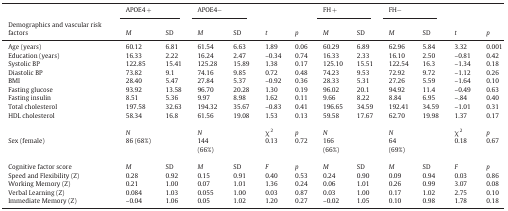
<table><thead><tr><td></td><td colspan="2"><b>APOE4+</b></td><td colspan="2"><b>APOE4-</b></td><td></td><td></td><td colspan="2"><b>FH+</b></td><td colspan="2"><b>FH-</b></td><td></td><td></td></tr><tr><td><b>Demographics and vascular risk factors</b></td><td><b><i>M</i></b></td><td><b>SD</b></td><td><b><i>M</i></b></td><td><b>SD</b></td><td><b><i>t</i></b></td><td><b><i>p</i></b></td><td><b><i>M</i></b></td><td><b>SD</b></td><td><b><i>M</i></b></td><td><b>SD</b></td><td><b><i>t</i></b></td><td><b><i>p</i></b></td></tr></thead><tbody><tr><td>Age (years)</td><td>60.12</td><td>6.81</td><td>61.54</td><td>6.63</td><td>1.89</td><td>0.06</td><td>60.29</td><td>6.89</td><td>62.96</td><td>5.84</td><td>3.32</td><td>0.001</td></tr><tr><td>Education (years)</td><td>16.33</td><td>2.22</td><td>16.24</td><td>2.47</td><td>–0.34</td><td>0.74</td><td>16.33</td><td>2.33</td><td>16.10</td><td>2.50</td><td>–0.81</td><td>0.42</td></tr><tr><td>Systolic BP</td><td>122.85</td><td>15.41</td><td>125.28</td><td>15.89</td><td>1.38</td><td>0.17</td><td>125.10</td><td>15.51</td><td>122.54</td><td>16.3</td><td>–1.34</td><td>0.18</td></tr><tr><td>Diastolic BP</td><td>73.82</td><td>9.1</td><td>74.16</td><td>9.85</td><td>0.72</td><td>0.48</td><td>74.23</td><td>9.53</td><td>72.92</td><td>9.72</td><td>–1.12</td><td>0.26</td></tr><tr><td>BMI</td><td>28.40</td><td>5.47</td><td>27.84</td><td>5.37</td><td>–0.92</td><td>0.36</td><td>28.33</td><td>5.31</td><td>27.26</td><td>5.59</td><td>–1.64</td><td>0.10</td></tr><tr><td>Fasting glucose</td><td>93.92</td><td>13.58</td><td>96.70</td><td>20.28</td><td>1.30</td><td>0.19</td><td>96.02</td><td>20.1</td><td>94.92</td><td>11.4</td><td>–0.49</td><td>0.63</td></tr><tr><td>Fasting insulin</td><td>8.51</td><td>5.36</td><td>9.97</td><td>8.98</td><td>1.62</td><td>0.11</td><td>9.66</td><td>8.22</td><td>8.84</td><td>6.95</td><td>–.84</td><td>0.40</td></tr><tr><td>Total cholesterol</td><td>197.58</td><td>32.63</td><td>194.32</td><td>35.67</td><td>–0.83</td><td>0.41</td><td>196.65</td><td>34.59</td><td>192.41</td><td>34.59</td><td>–1.01</td><td>0.31</td></tr><tr><td>HDL cholesterol</td><td>58.34</td><td>16.8</td><td>61.56</td><td>19.08</td><td>1.53</td><td>0.13</td><td>59.58</td><td>17.67</td><td>62.70</td><td>19.98</td><td>1.37</td><td>0.17</td></tr><tr><td></td><td><i>N</i></td><td></td><td><i>N</i></td><td></td><td>?<sup>2</sup></td><td><i>p</i></td><td><i>N</i></td><td></td><td><i>N</i></td><td></td><td>?<sup>2</sup></td><td><i>p</i></td></tr><tr><td>Sex (female)</td><td>86 (68%)</td><td></td><td>144 (66%)</td><td></td><td>0.13</td><td>0.72</td><td>166 (66%)</td><td></td><td>64 (69%)</td><td></td><td>0.18</td><td>0.67</td></tr><tr><td>Cognitive factor score</td><td><i>M</i></td><td>SD</td><td><i>M</i></td><td>SD</td><td><i>F</i></td><td><i>p</i></td><td><i>M</i></td><td>SD</td><td><i>M</i></td><td>SD</td><td><i>F</i></td><td><i>p</i></td></tr><tr><td>Speed and Flexibility (Z)</td><td>0.28</td><td>0.92</td><td>0.15</td><td>0.91</td><td>0.40</td><td>0.53</td><td>0.24</td><td>0.90</td><td>0.09</td><td>0.94</td><td>0.03</td><td>0.86</td></tr><tr><td>Working Memory (Z)</td><td>0.21</td><td>1.00</td><td>0.07</td><td>1.01</td><td>1.36</td><td>0.24</td><td>0.06</td><td>1.01</td><td>0.26</td><td>0.99</td><td>3.07</td><td>0.08</td></tr><tr><td>Verbal Learning (Z)</td><td>0.084</td><td>1.03</td><td>0.055</td><td>1.00</td><td>0.03</td><td>0.87</td><td>0.03</td><td>1.00</td><td>0.17</td><td>1.02</td><td>2.75</td><td>0.10</td></tr><tr><td>Immediate Memory (Z)</td><td>–0.04</td><td>1.06</td><td>0.05</td><td>1.02</td><td>1.20</td><td>0.27</td><td>–0.02</td><td>1.05</td><td>0.10</td><td>0.98</td><td>1.78</td><td>0.18</td></tr></tbody></table>